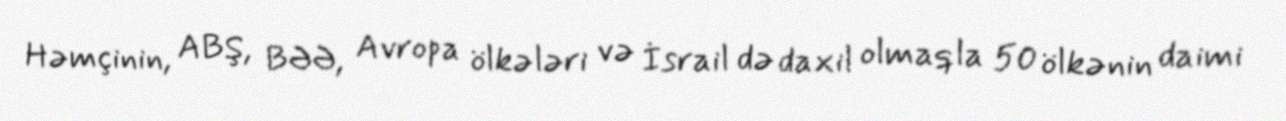
Həmçinin, ABŞ, BƏƏ, Avropa ölkələri və İsrail də daxil olmaqla 50 ölkənin daimi